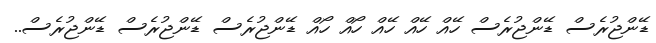
ޑޭންޖުރެސް ޑޭންޖުރެސް ހޭއް ހޭއް ހޭއް ހޯއް ހޯއް ޑޭންޖުރެސް ޑޭންޖުރެސް ޑޭންޖުރެސް..